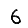
Digit: 6